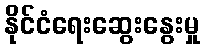
နိုင်ငံရေးဆွေးနွေးမှု